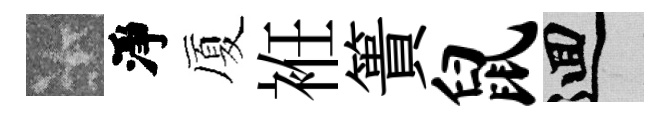
卡淨厦袵簣鼠回